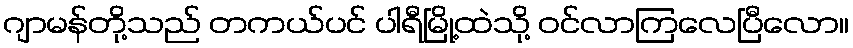
ဂျာမန်တို့သည် တကယ်ပင် ပါရီမြို့ထဲသို့ ဝင်လာကြလေပြီလော။